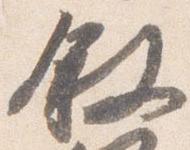
叙